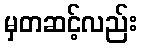
မှတဆင့်လည်း